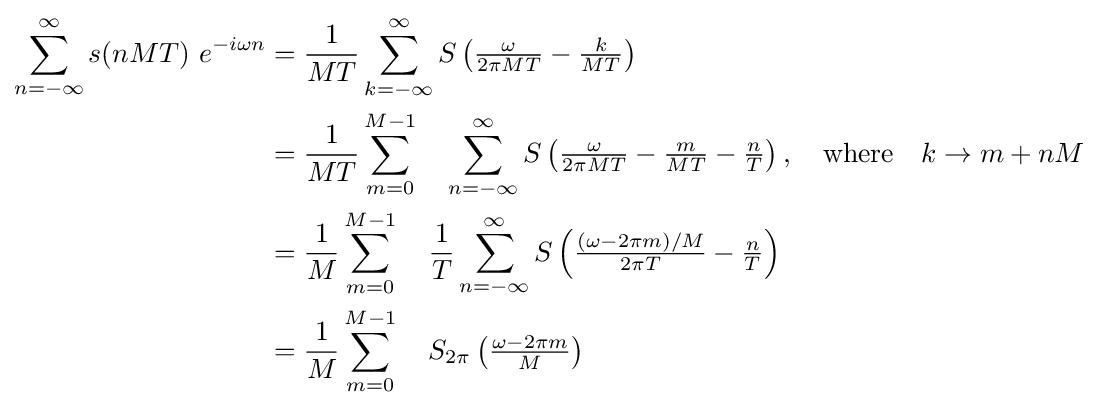
{\begin{aligned}\sum _{n=-\infty }^{\infty }s(nMT)\ e^{-i\omega n}&={\frac {1}{MT}}\sum _{k=-\infty }^{\infty }S\left({\tfrac {\omega }{2\pi MT}}-{\tfrac {k}{MT}}\right)\\&={\frac {1}{MT}}\sum _{m=0}^{M-1}\quad \sum _{n=-\infty }^{\infty }S\left({\tfrac {\omega }{2\pi MT}}-{\tfrac {m}{MT}}-{\tfrac {n}{T}}\right),\quad {\text{where}}\quad k\rightarrow m+nM\\&={\frac {1}{M}}\sum _{m=0}^{M-1}\quad {\frac {1}{T}}\sum _{n=-\infty }^{\infty }S\left({\tfrac {(\omega -2\pi m)/M}{2\pi T}}-{\tfrac {n}{T}}\right)\\&={\frac {1}{M}}\sum _{m=0}^{M-1}\quad S_{2\pi }\left({\tfrac {\omega -2\pi m}{M}}\right)\end{aligned}}